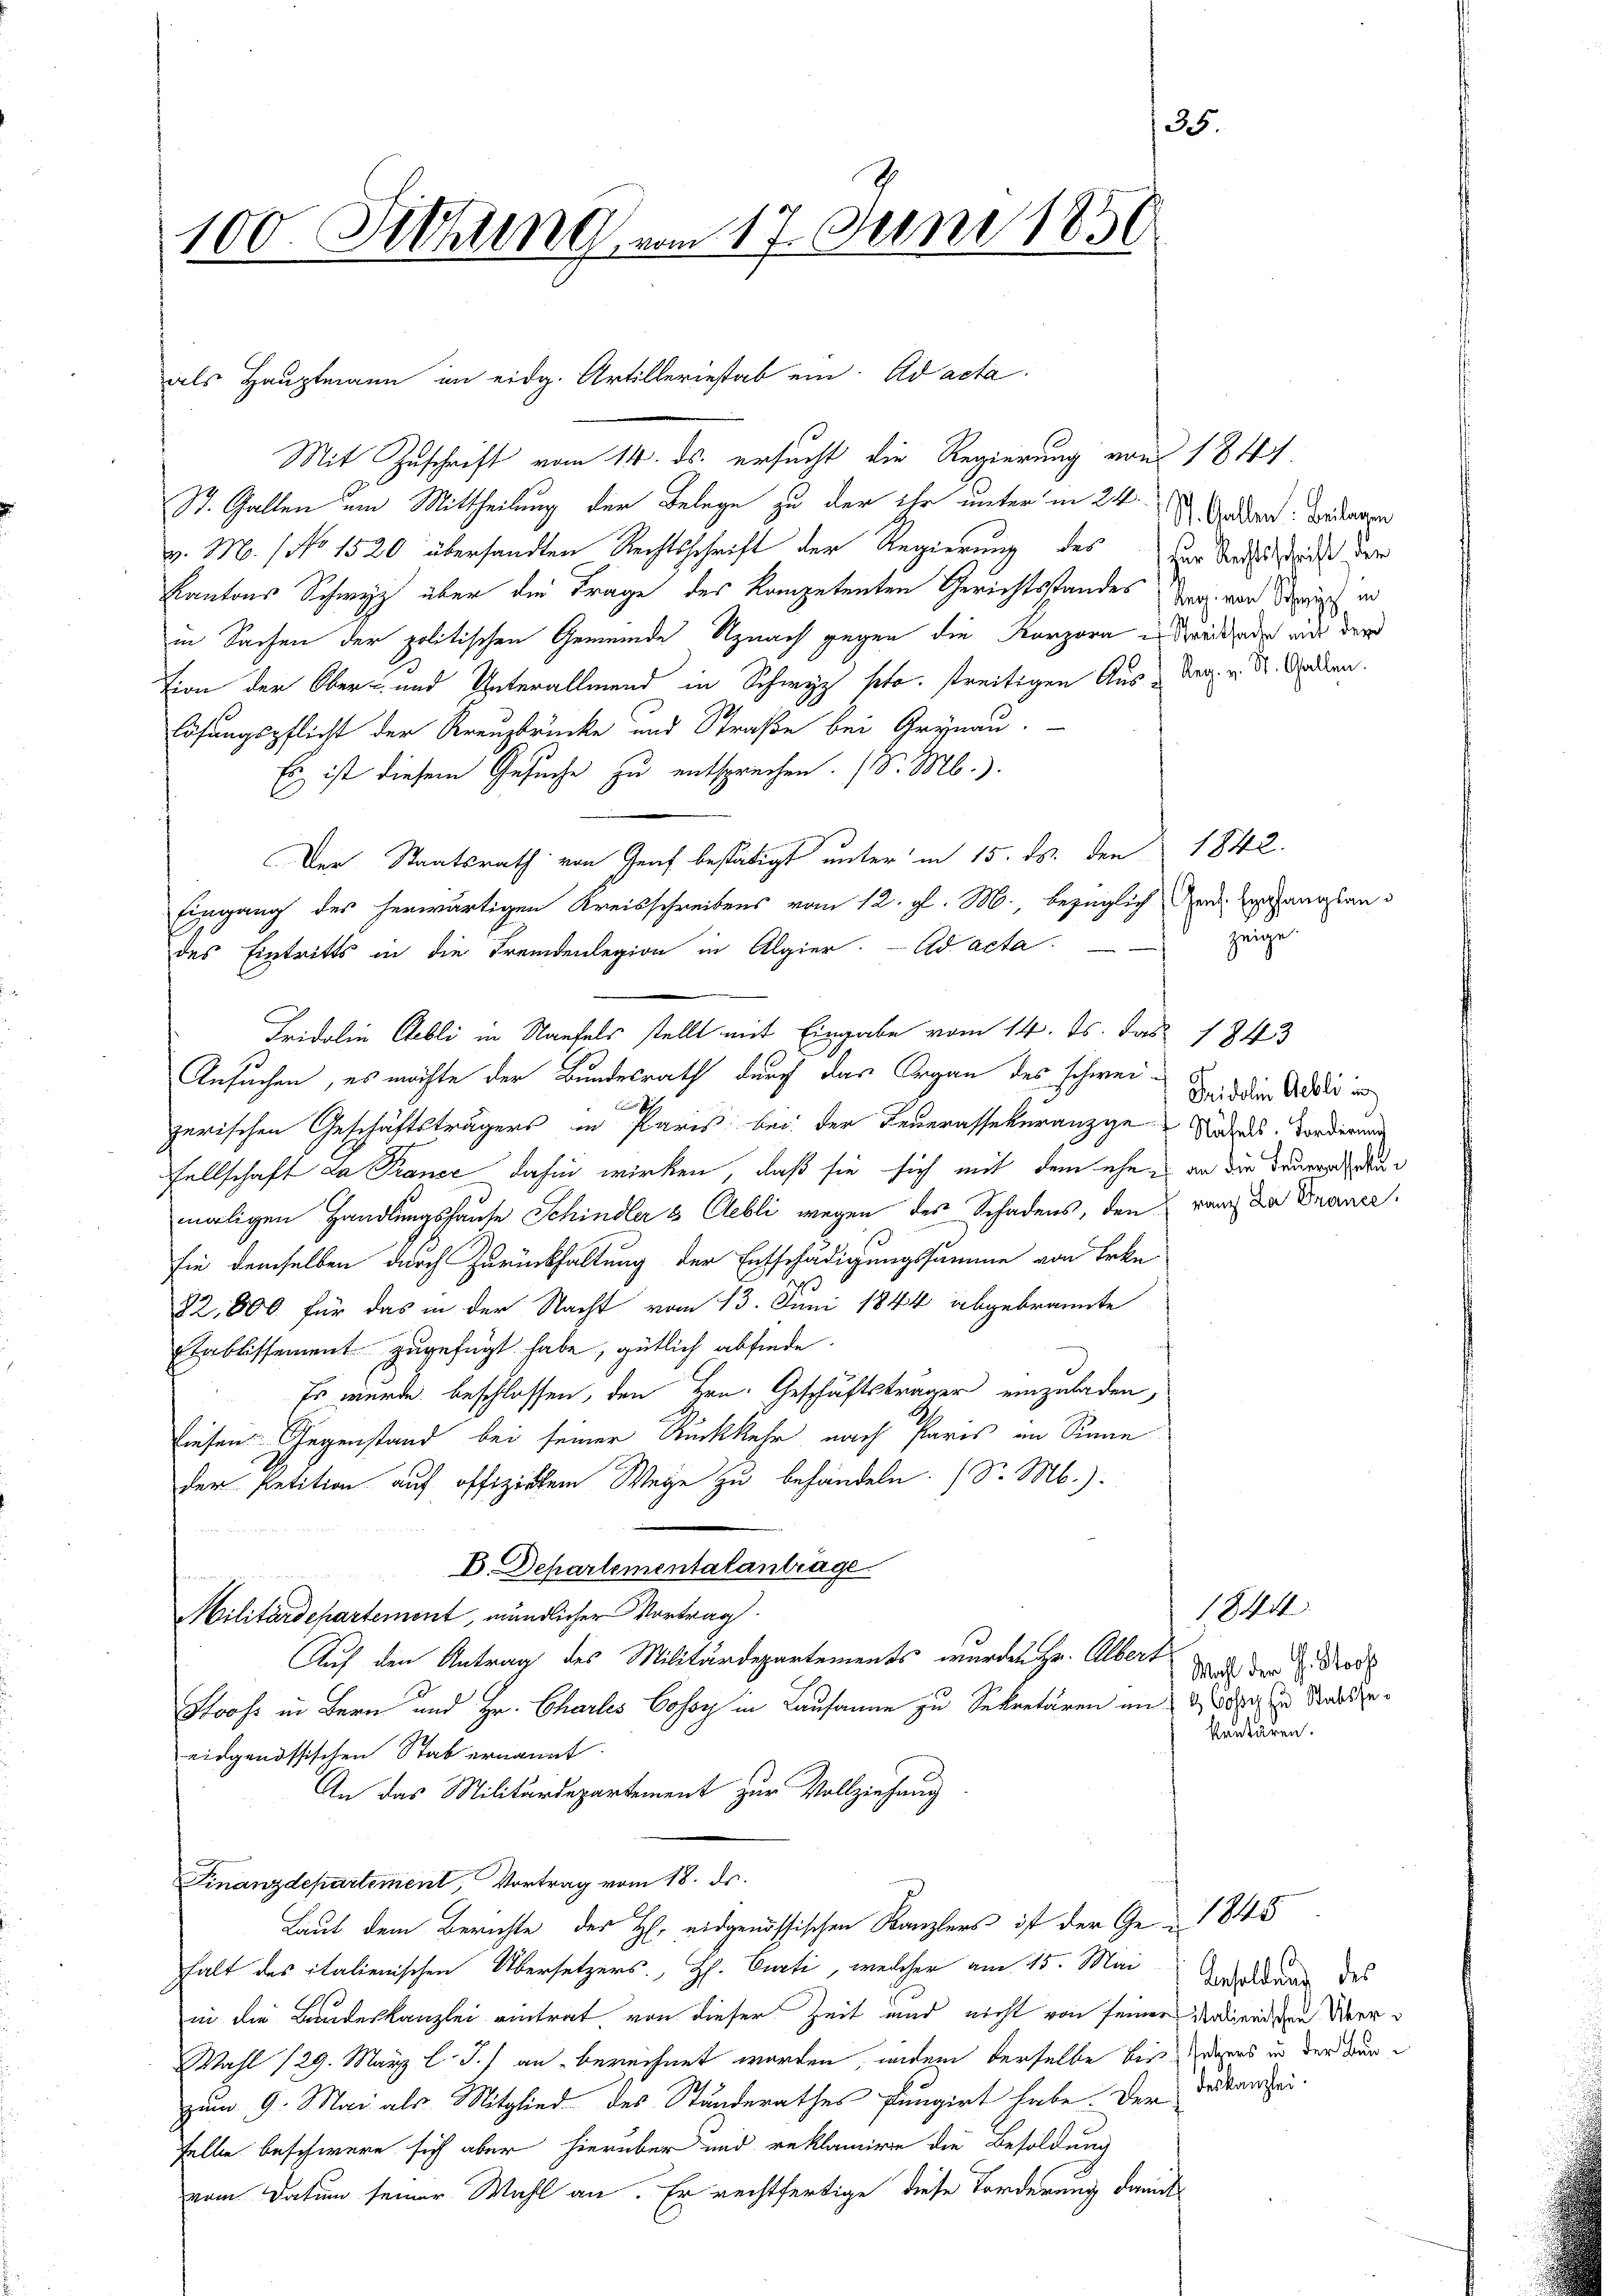
100. Diehung vom 17. Juni 1856

Mit Zuschrift vom 14. ds. ersucht die Regierung von 1841.
St. Gallen um Mittheilung der Belege zu der ihr unter in 24 den Bedingen
v. M. 1 No 1520 übersandten Rechtsschrift der Regierung des Der Rechtstricht der
Kantons Schwyz über die Frage des kompetenten Gerichtsstandes Tag von Zürich in
in Sachen der politischen Gemeinde Uznach gegen die Korpore es drei oder mit der
tion der Ober- und Unterallmend in Schwyz seto. streitigen Aus- Reg. v. dr. Sodan
lösungspflicht der Kreuzbrücke und Straße bei Grynau.
Es ist diesem Gesuche zu entsprechen. (S. M.).
Der Staatsrath von Graf bestätigt unter in 15. ds. den 1842.
Eingang des herwärtigen Kreisschreibens vom 12. gl. M., bezüglich den gefangsan
zeige
des Eintritts in die Fremdenlegion in Algier. ad acta
Fridolin Gebli in Naufels stellt mit Eingabe vom 14. ds. das 1343
Ansuchen, es möchte der Bundesrath durch das Organ des schweizerischen Geschäftsträgers in Paris bei der Feuerassekuranzge Nutzes. Forderung
sellschaft da France dahin wirken, daß sie sich mit dem ehe an die Dauerachtun
maligen Handlungshause Schindler & Cebli wegen des Schadens, den rauch da Doner.
sie demselben durch Zurückhaltung der Entschädigungssamme von Erke
82,800 für das in der Nacht vom 13. Juni 1844 abgebrannte
Stablissement zugefügt habe, gütlich abfinde.
Es wurde beschlossen, den Hrn. Geschäftsträger einzuladen,
diesen Gegenstand bei seiner Rückkehr nach Paris an Sinne
der Petition auf offiziatem Wege zu behandeln. (S. M.).
E. Departementalanträge
1044
Militärdepartement, mündlicher Vortrag.
Auf den Antrag des Militärdepartements wurden Hr. Albert
Wahl der H. Stooss
Stooss in Bern und Hr. Charles Cosoy in Lausanne zu Sekretären und sie zu Stabszekenbären.
eidgenössischen Stab ernannt.
An das Militärdepartement zur Vollziehung
Finanzdepartement, Vortrag vom 18. ds.
Laut dem Berichte der H. eidgenössischen Kanzlers ist der Ge-1845
halt des italienischen Übersetzers, H. Curti, welcher am 15. Mai Geduldung des
in die Brudeskanzlei eintrat, von dieser Zeit und nicht von seiner Andreisen Ver¬
Wahl 129. März l. J.) an berechnet worden, indem derselbe bei ders in der Warzum 9. Mai als Mitglied des Standerathes Pungirt habe. Der Dekanzeiselbe beschwere sich aber hierüber und reklamire die Besoldung
vom Datum seiner Wahl an. Er rechtfertige diese Forderung damit

als Hauptmann in eidg. Artilleriestab ein ad acta

Fridolin Gebli in